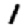
Digit: 1